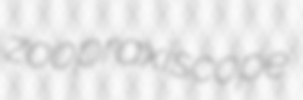
zoopraxiscope